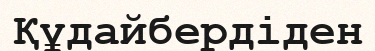
Құдайбердіден